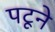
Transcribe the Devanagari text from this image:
पटूने